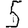
Digit: 5